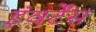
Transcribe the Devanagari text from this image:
इंवर्टेंस